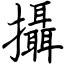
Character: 攝